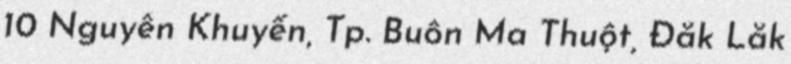
10 Nguyễn Khuyến, Tp. Buôn Ma Thuột, Đắk Lắk